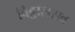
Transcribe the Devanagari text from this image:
विठ्ठालराव